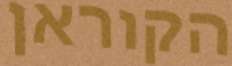
הקוראן